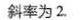
斜率为2.